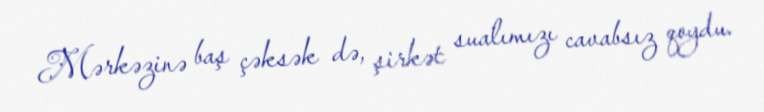
Mərkəzinə baş çəksək də, şirkət sualımızı cavabsız qoydu.